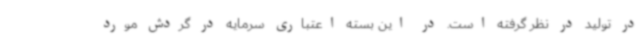
در تولید در نظر گرفته است. در این بسته اعتباری سرمایه در گردش مورد